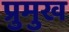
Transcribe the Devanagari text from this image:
प्रुमुख